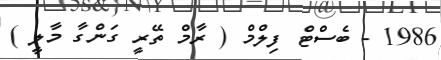
1986 - ބެސްޓް ފިލްމް ( ރާމް ތޭރީ ގަންގާ މާލީ )